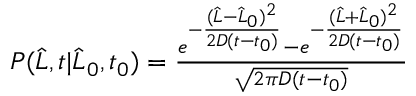
\begin{array} { r } { P ( \widehat { L } , t | \widehat { L } _ { 0 } , t _ { 0 } ) = \frac { e ^ { - \frac { ( \widehat { L } - \widehat { L } _ { 0 } ) ^ { 2 } } { 2 D ( t - t _ { 0 } ) } } - e ^ { - \frac { ( \widehat { L } + \widehat { L } _ { 0 } ) ^ { 2 } } { 2 D ( t - t _ { 0 } ) } } } { \sqrt { 2 \pi D ( t - t _ { 0 } ) } } } \end{array}